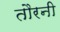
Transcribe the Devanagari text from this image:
तौरनी